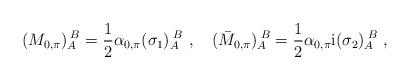
LaTeX: \begin{align*}(M_{0,\pi})_A^{\;B}=\frac{1}{2}\alpha_{0,\pi}(\sigma_1)_A^{\;B}\ ,\quad (\bar{M}_{0,\pi})_A^{\;B}=\frac{1}{2}\alpha_{0,\pi}{\rm i}(\sigma_2)_A^{\;B}\ ,\end{align*}